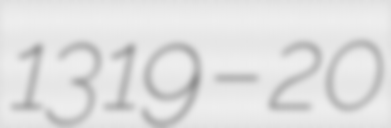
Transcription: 1319 – 20